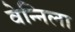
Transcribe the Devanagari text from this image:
वेन्निला